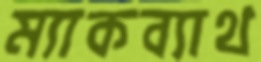
ম্যাকব্যাথ